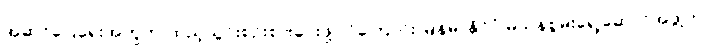
အဆင်ပြေရေးအတွက် ထည့်သွင်းစဉ်းစားပေးဖို့ လိုကြောင်း မြန်မာနိုင်ငံ မသန်စွမ်းရှေ့ဆောင်အဖွဲ့က